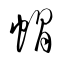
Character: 帽